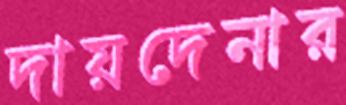
দায়দেনার